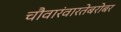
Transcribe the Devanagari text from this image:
चौवारंवारतेबरोबर